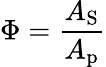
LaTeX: \Phi=\frac{A_{\textup{S}}}{A_{\textup{p}}}